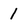
Character: 1